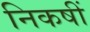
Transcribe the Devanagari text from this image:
निकषीं